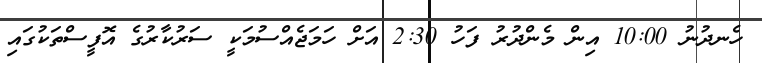
ހެނދުނު 10:00 އިން މެންދުރު ފަހު 2:30 އަށް ހަމަޖެއްސުމަކީ ސަރުކާރުގެ އޮފީސްތަކުގައި